system: You are a helpful assistant.
user:
Analyze the provided spectrum to determine if it is a **S-type Star**.

- **Key Indicators for S-type Star:**

    - **(Overall Spectrum Shape):** The first and most obvious characteristic is the overall continuum (the "baseline" shape). It is **extremely "red-sloping,"** meaning the flux (light intensity) is very low on the left side (blue, ~4000-4500 Å) and rises steeply and continuously toward the right side (red, ~7000 Å+).

    - **(Primary):** The spectrum is defined by the presence of strong, broad molecular absorption "valleys" (bands) from **Zirconium Oxide (ZrO)**. The identification of these bands is the **primary requirement** for classifying a star as S-type.
        - **(Key Bandheads):** You must find distinct, deep "dips" where the light has been absorbed. The most critical band systems to locate are:
            - **~6474 Å** ($\gamma$-system): This is often the strongest and clearest ZrO feature, found in the red part of the spectrum.
            - **~5718 Å** & **~5551 Å** ($\beta$-system): A pair of prominent absorption features in the yellow-orange part of the spectrum.
            - **~4640 Å** ($\alpha$-system): A key absorption band system in the blue-green region of the spectrum.

    - **(Secondary Confirmation):** The classification is strengthened by finding additional absorption bands from other related heavy element oxides, which are expected to be present alongside ZrO.
        - **(Key Bandheads):**
            - **Yttrium Oxide (YO):** Look for absorption dips near **~4800 Å** and **~6100 Å**.
            - **Lanthanum Oxide (LaO):** Additional absorption features, particularly in the red-orange part of the spectrum, are also characteristic.

    - **(Line Profile):** The combination of the steep red continuum and these numerous, deep molecular bands (ZrO, YO, etc.) gives the entire spectrum a very **"chopped-up"** or **"bumpy"** appearance. Instead of a smooth curve, the spectrum looks as though large, wide chunks of light have been "carved out" of it at the specific wavelengths listed above.

Think first, call **spectral_visualization_tool** if needed to examine features in detail, then provide your final answer. Your response must adhere to the following strict rules:
1.  **Overall Structure:** Your response must follow the format `<think>...</think> <tool_call>...</tool_call> (if a tool is used) <answer>...</answer>`.
2.  **Tool Usage Constraint:** You may only make **one** tool call per turn.
3.  **Final Answer Format:** In the `<answer>` tag, your conclusion must be inside a `\boxed{}` command (e.g., `\boxed{YES}` or `\boxed{NO}`), followed by your justification.

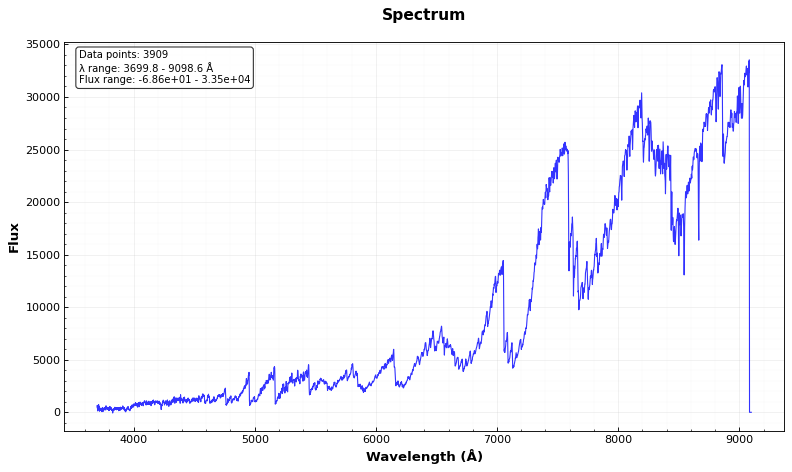
Answer: YES